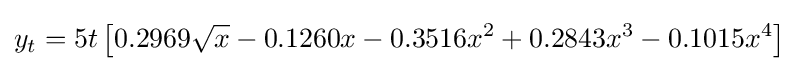
y_{t}=5t\left[0.2969{\sqrt {x}}-0.1260x-0.3516x^{2}+0.2843x^{3}-0.1015x^{4}\right]